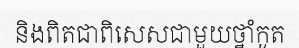
និងពិតជាពិសេសជាមួយថ្នាំកូត